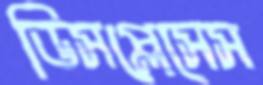
ডিসপ্লেসেস